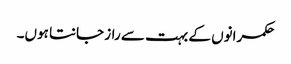
حکمرانوں کے بہت سے راز جانتا ہوں۔